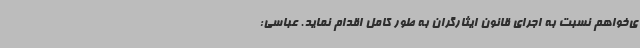
ی‌خواهم نسبت به اجرای قانون ایثارگران به طور کامل اقدام نماید. عباسی: